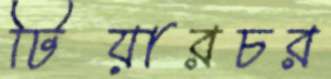
টিয়ারচর